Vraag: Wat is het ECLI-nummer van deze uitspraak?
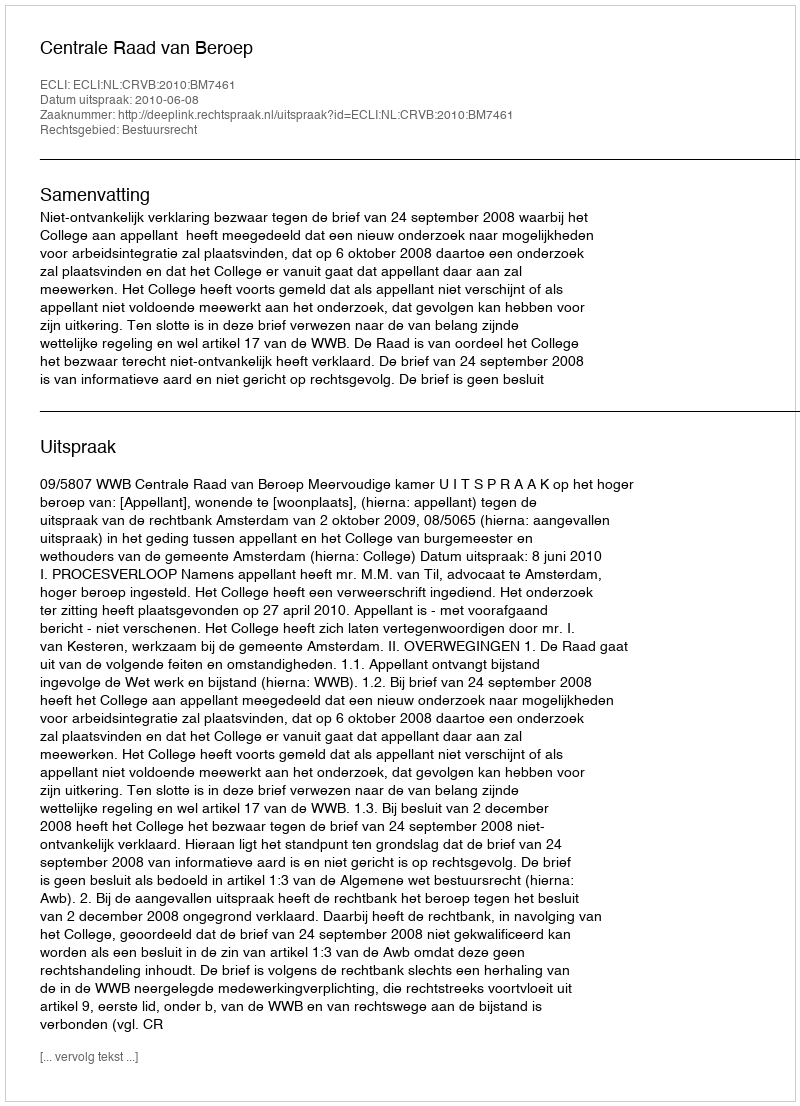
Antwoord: ECLI:NL:CRVB:2010:BM7461